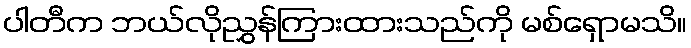
ပါတီက ဘယ်လိုညွှန်ကြားထားသည်ကို မစ်ရှောမသိ။